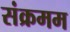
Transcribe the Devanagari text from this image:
संक्रमम